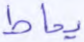
يحاط